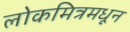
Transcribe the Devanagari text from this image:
लोकमित्रमधून